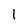
Character: l